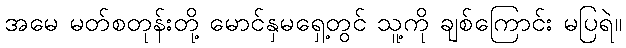
အမေ မတ်စတုန်းတို့ မောင်နှမရှေ့တွင် သူ့ကို ချစ်ကြောင်း မပြရဲ။